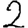
Digit: 2